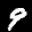
Label: 9